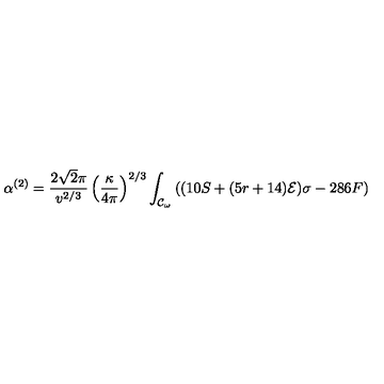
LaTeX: \alpha ^ { ( 2 ) } = \frac { 2 \sqrt { 2 } \pi } { v ^ { 2 / 3 } } \left( \frac { \kappa } { 4 \pi } \right) ^ { 2 / 3 } \int _ { { \cal { C } } _ { \omega } } { ( ( 1 0 S + ( 5 r + 1 4 ) { \cal { E } } ) \sigma - 2 8 6 F ) }